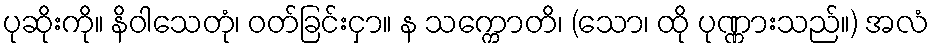
ပုဆိုးကို။ နိဝါသေတုံ၊ ဝတ်ခြင်းငှာ။ န သက္ကောတိ၊ (သော၊ ထို ပုဏ္ဏားသည်။) အလံ